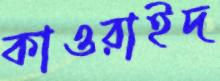
কাওরাইদ